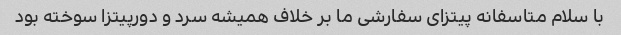
با سلام متاسفانه پیتزای سفارشی ما بر خلاف همیشه سرد و دورپیتزا سوخته بود